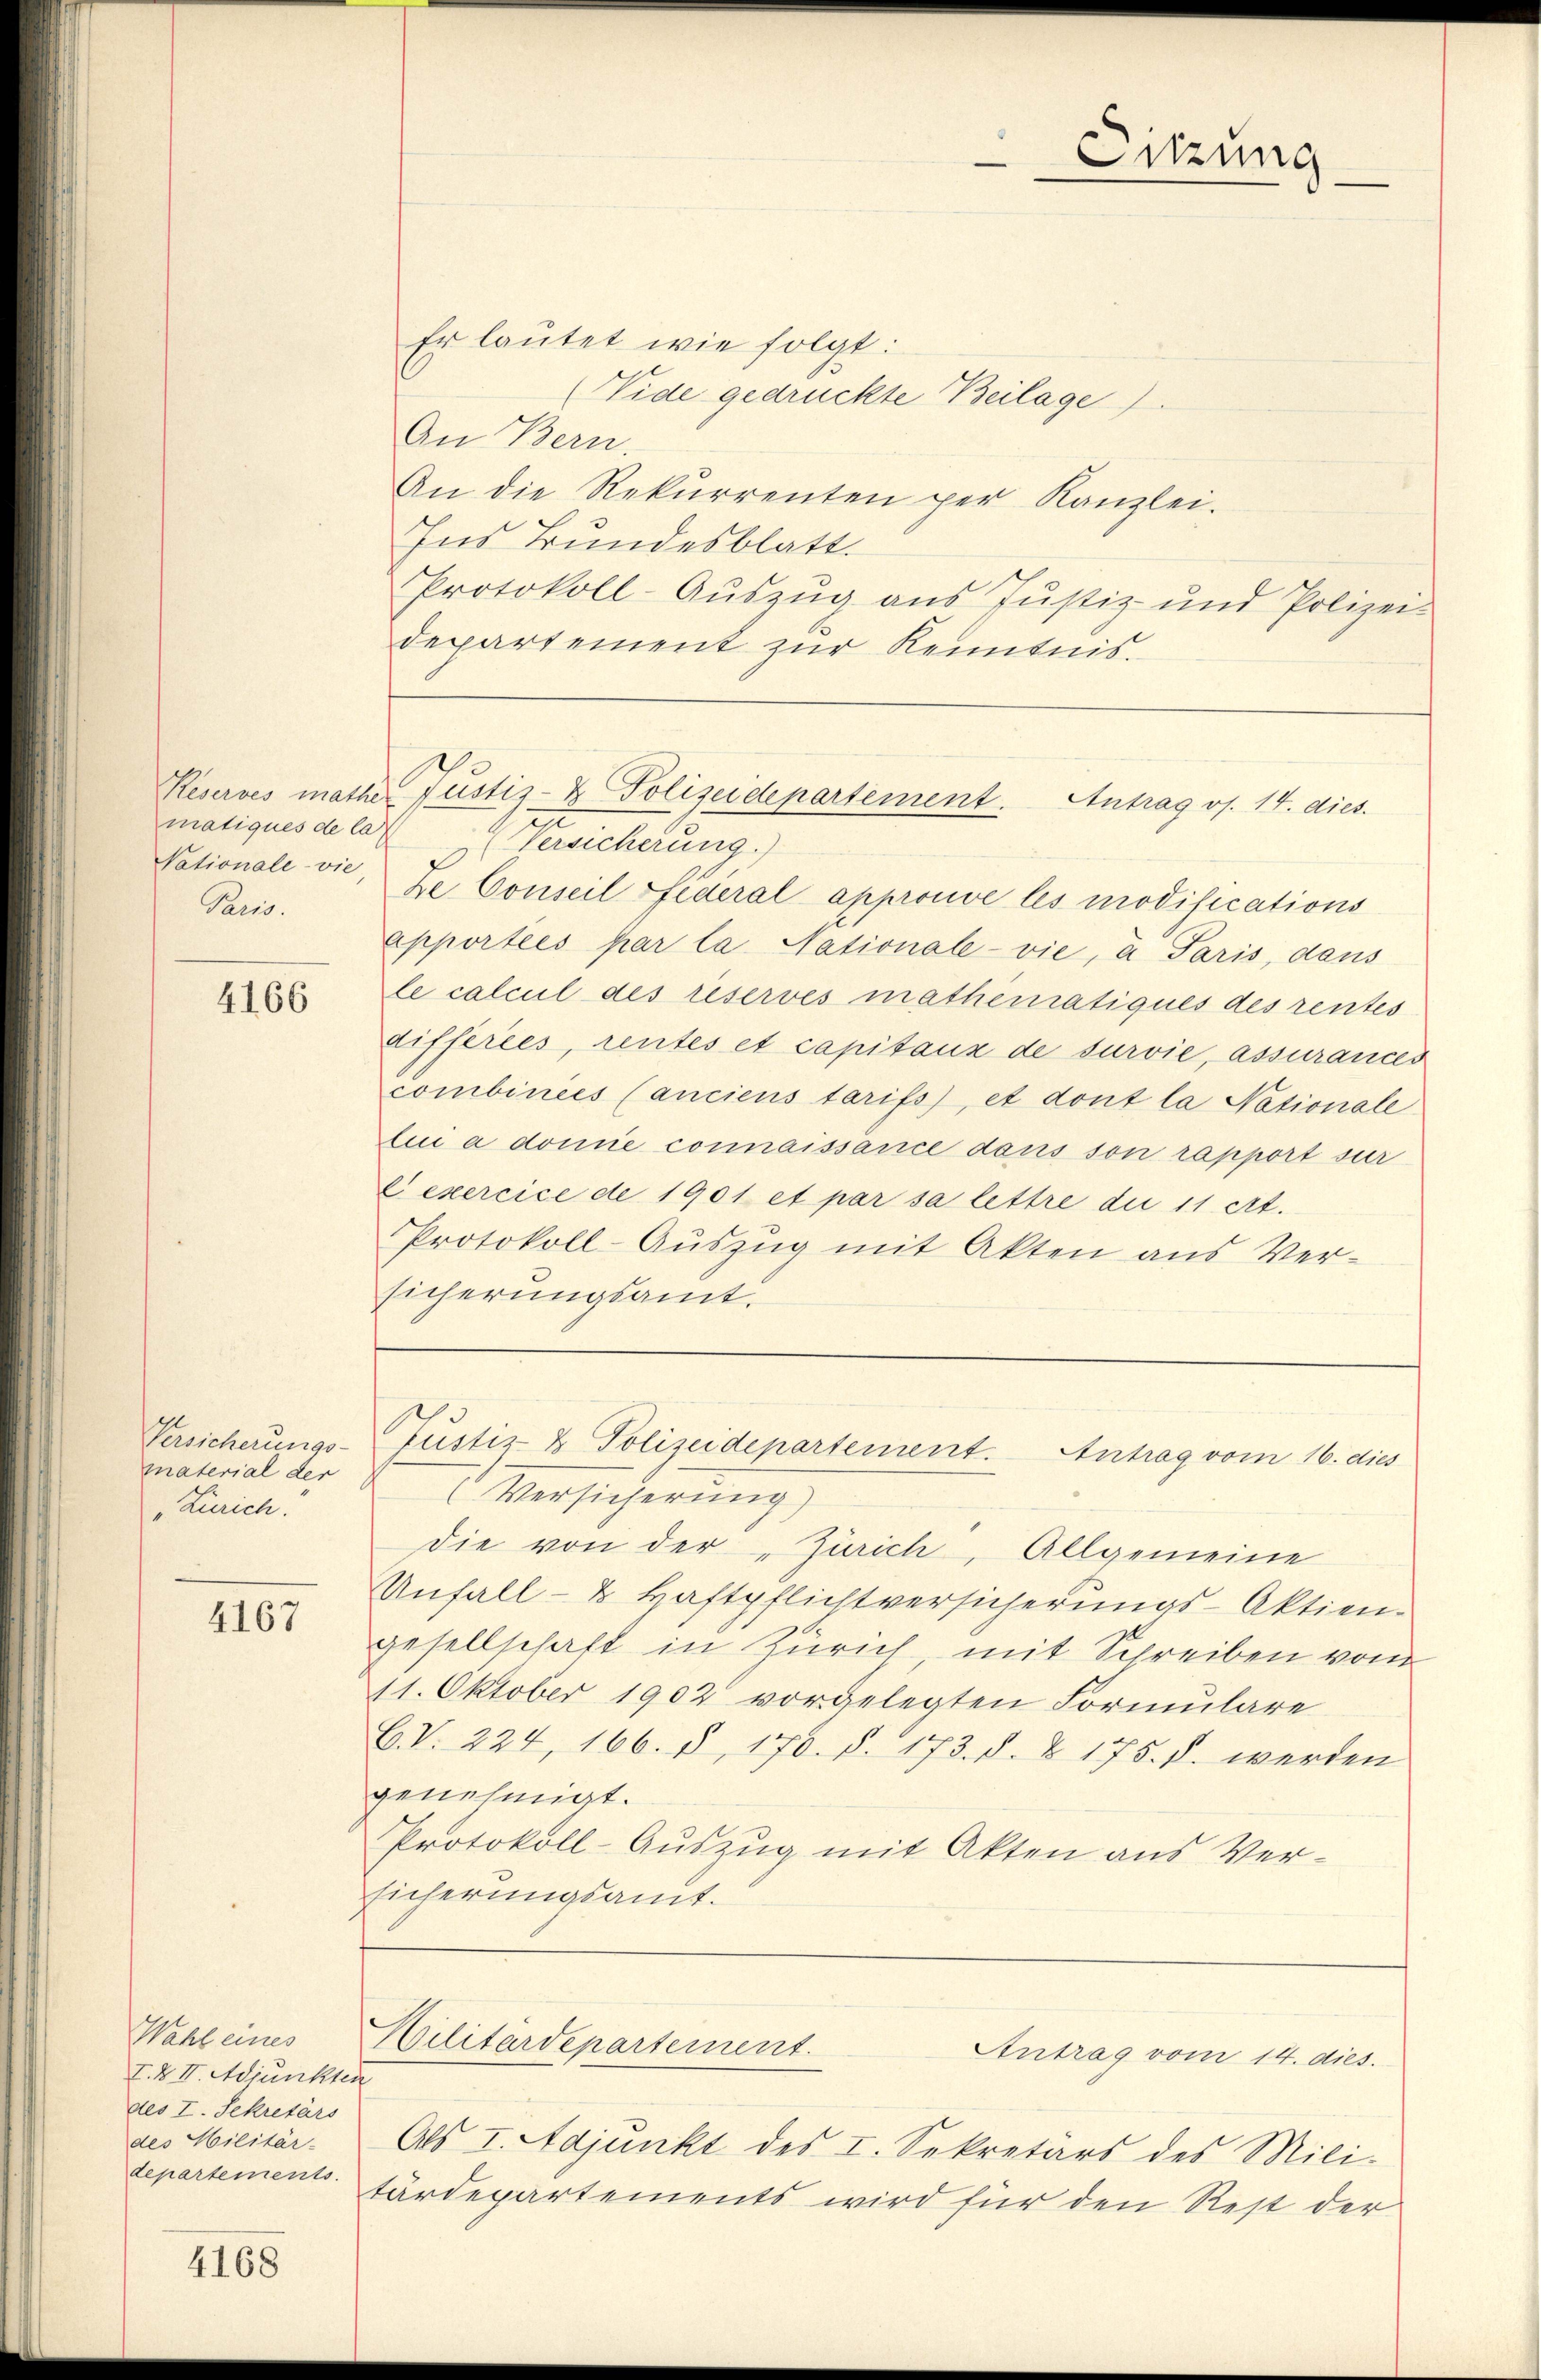
Vationale vie,
Paris.

4166

Versicherungs-
material der
Zürich:

4167

Wahl eines
I. & II. Adjunkten
des I. Sekretärs
des Militär-
departements.

4168

s

Er lautet wie folgt:
(Vide gedrückte Beilage).
An Bern.
An die Rekurrenten per Kanzlei.
Ins Bundesblatt.
Protokoll-Auszug aus Justiz- und Polizei-
departement zŭr Kenntnis.
Le Conseil Federal approuve les modifications
apportées par la Nationale-vie, a Paris, dans
le calcul des réservés mathematiques des rentes
différées, rentes et capitaux de survie, assurances
combinies (anciens tarifs), et dont la Nationale
lui a domie connaissance dans son rapport sur
Dexercice de 1901 et par sa lettre die 11 cit.
Protokoll-Aŭszŭg mit Akten aus Ver-
sicherungsamt.

Sitzung

Reserves mathe Justiz- & Polizeidepartement. Antrag os. 14. dies
matiques de lat Versicherung.)

Justiz- & Polizeidepartement. Antrag vom 16. dies

Hilitärdepartement.

Antrag vom 14. dies

Versicherung)
die von der „Zürich, Allgemeine
Unfall- & Haftpflichtversicherungs-Aktien-
gesellschaft in Zürich, mit Schreiben vom
11. Oktober 1902 vorgelegten Formulare
C.V. 224, 166. 8, 170. §. 173. d. J. 175. §. werden
genehmigt.
Protokoll-Aŭszŭg mit Akten aus Ver-
sicherungsamt.

Als I. Adjunkt des I. Sekretärs des Mili-
tärdepartements wird für den Rest der